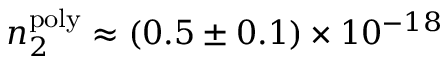
n _ { 2 } ^ { \mathrm { p o l y } } \approx ( 0 . 5 \pm 0 . 1 ) \times 1 0 ^ { - 1 8 }